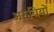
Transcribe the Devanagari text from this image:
अरुचियों